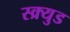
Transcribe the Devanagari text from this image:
स्क्र्युड